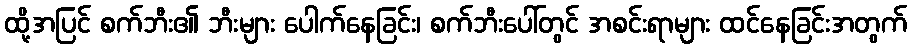
ထို့အပြင် စက်ဘီး၏ ဘီးများ ပေါက်နေခြင်း၊ စက်ဘီးပေါ်တွင် အစင်းရာများ ထင်နေခြင်းအတွက်